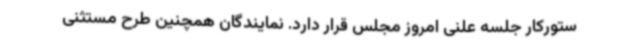
ستورکار جلسه علنی امروز مجلس قرار دارد. نمایندگان همچنین طرح مستثنی